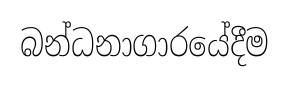
බන්ධනාගාරයේදීම